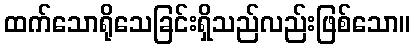
ထက်သောရိုသေခြင်းရှိသည်လည်းဖြစ်သော။